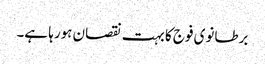
برطانوی فوج کا بہت نقصان ہورہا ہے۔